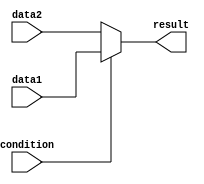
module conditional_assign (
    input wire condition,
    input wire data1,
    input wire data2,
    output reg result
);

always @(*) begin
    if(condition) begin
        result <= data1;
    end else begin
        result <= data2;
    end
end

endmodule